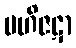
ဗဟိဇဋာ